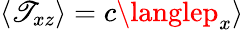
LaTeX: \langle\mathscr{T}_{xz}\rangle=c\langlep_{x}\rangle